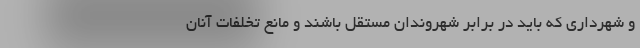
و شهرداری که باید در برابر شهروندان مستقل باشند و مانع تخلفات آنان